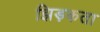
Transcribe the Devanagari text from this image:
झिड़कता